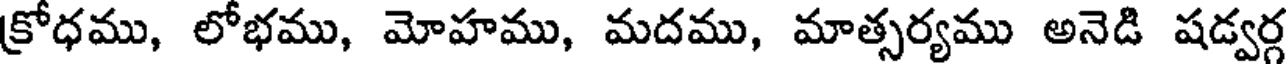
క్రోధము, లోభము, మోహము, మదము, మాత్సర్యము అనెడి షడ్వర్గ